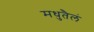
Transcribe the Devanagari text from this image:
मधुतैलं